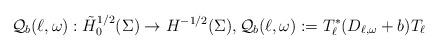
LaTeX: \begin{align*}\mathcal Q_b(\ell, \omega) : \tilde H^{1/2}_0(\Sigma) \to H^{-1/2}(\Sigma), \mathcal Q_b(\ell, \omega) := T_\ell^* (D_{\ell, \omega} + b) T_\ell \end{align*}